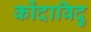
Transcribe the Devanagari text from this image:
कोंदाविदु